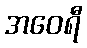
အဝေရီ